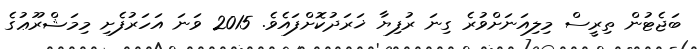
ބަޖެޓުން ތިރީސް މިލިއަނަށްވުރެ ގިނަ ރުފިޔާ ޚަރަދުކޮށްފައެވެ. 2015 ވަނަ އަހަރުފެށި މިމަޝްރޫޢުގެ